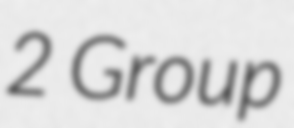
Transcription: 2 Group